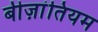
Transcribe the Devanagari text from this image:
बीज़ांतियम